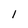
Character: l